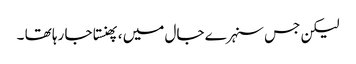
لیکن جس سنہرے جال میں ، پھنستا جا رہا تھا ۔